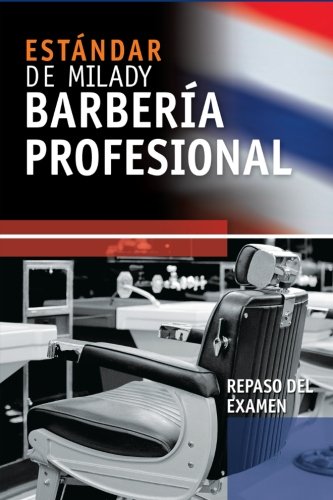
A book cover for Spanish Translated Exam Review for Milady's Standard Professional Barbering; Milady; Business & Money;